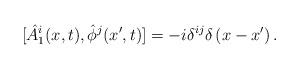
LaTeX: \begin{align*}[ \hat{A}_{1}^{i}(x,t),\hat{\phi}^{j}(x',t)] = -i \delta^{ij}\delta\left(x-x'\right).\end{align*}